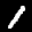
Label: 1